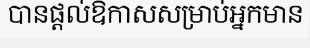
បានផ្តល់ឱកាសសម្រាប់អ្នកមាន